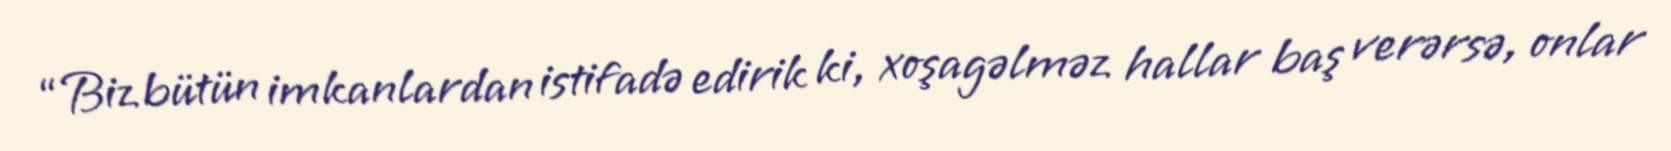
“Biz bütün imkanlardan istifadə edirik ki, xoşagəlməz hallar baş verərsə, onlar